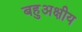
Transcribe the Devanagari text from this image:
बहुअक्षीय